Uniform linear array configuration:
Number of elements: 24
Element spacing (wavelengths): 0.5
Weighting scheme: hamming
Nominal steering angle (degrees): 45
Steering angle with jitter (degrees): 45.927
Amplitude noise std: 0.05
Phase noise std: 0.05

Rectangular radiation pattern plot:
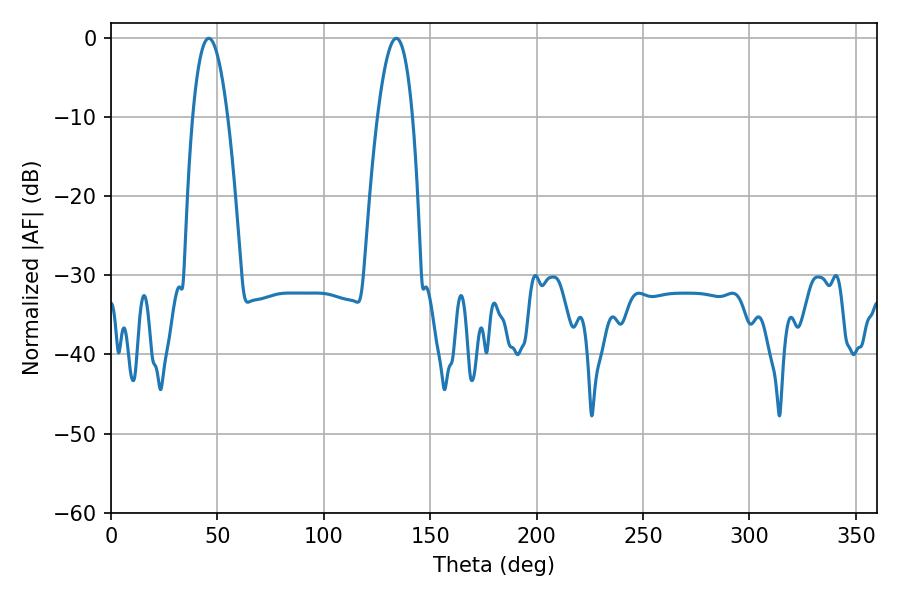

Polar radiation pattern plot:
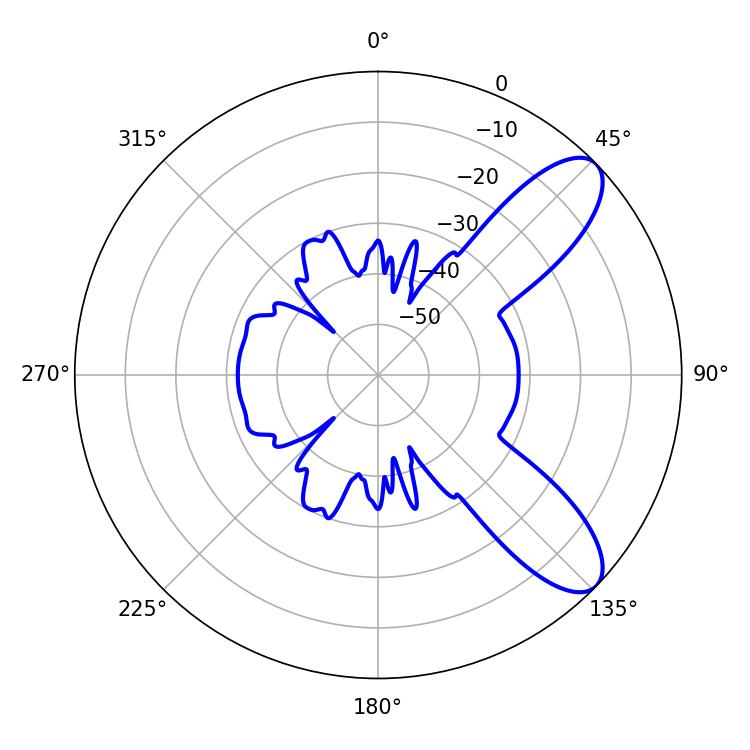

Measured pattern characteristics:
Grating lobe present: FALSE
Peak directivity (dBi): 9.116
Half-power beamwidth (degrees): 9.18
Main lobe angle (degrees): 45.9